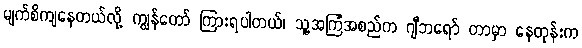
မျက်စိကျနေတယ်လို့ ကျွန်တော် ကြားရပါတယ်၊ သူ့အကြံအစည်က ဂျီဘရော် တာမှာ နေတုန်းက